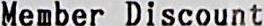
MEMBER DISCOUNT